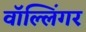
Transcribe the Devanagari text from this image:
वॉल्लिंगर